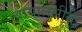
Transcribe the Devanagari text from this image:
बायालुसीमे